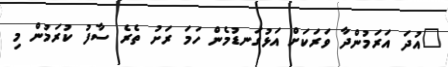
"އުދަ އަރަމުންދާ ވަރަކަށް އަޅުގަނޑުމެން ހަމަ ރަށު ތެރެ ސާފު ކުރަމުން މި